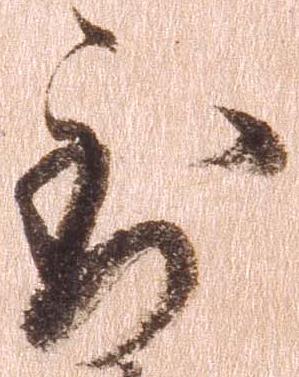
到